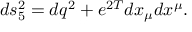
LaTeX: d s _ { 5 } ^ { 2 } = d q ^ { 2 } + e ^ { 2 T } d x _ { \mu } d x ^ { \mu } .